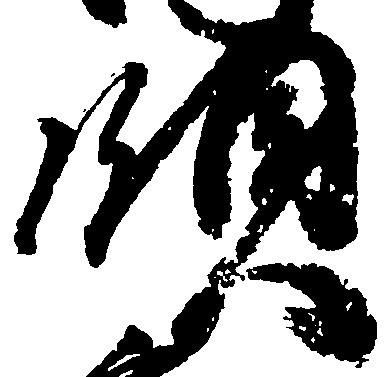
領